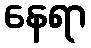
နေရာ